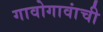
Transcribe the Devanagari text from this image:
गावोगावांची